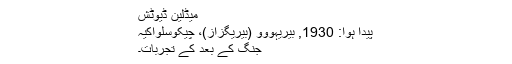
میڈلین ڈیوٹش
پیدا ہوا: 1930, بیریہووو (بیریگزاز)، چیکوسلواکیہ
جنگ کے بعد کے تجربات۔